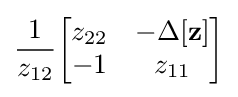
{\frac {1}{z_{12}}}{\begin{bmatrix}z_{22}&-\Delta \mathbf {[z]} \\-1&z_{11}\end{bmatrix}}